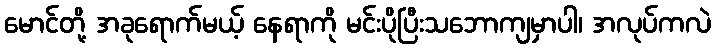
မောင်တို့ အခုရောက်မယ့် နေရာကို မင်းပိုပြီးသဘောကျမှာပါ၊ အလုပ်ကလဲ